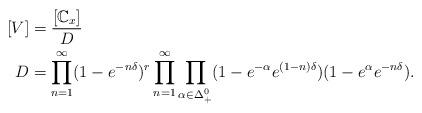
\begin{align*}[V] &= \frac{[\mathbb C_x]}{D} \\D &= \prod_{n=1}^\infty (1- e^{-n\delta})^{r} \prod_{n=1}^\infty \prod_{\alpha \in \Delta_+^0} (1-e^{-\alpha} e^{(1-n)\delta}) (1- e^{\alpha} e^{-n\delta}). \end{align*}